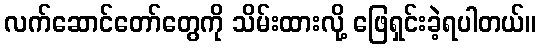
လက်ဆောင်တော်တွေကို သိမ်းထားလို့ ဖြေရှင်းခဲ့ရပါတယ်။